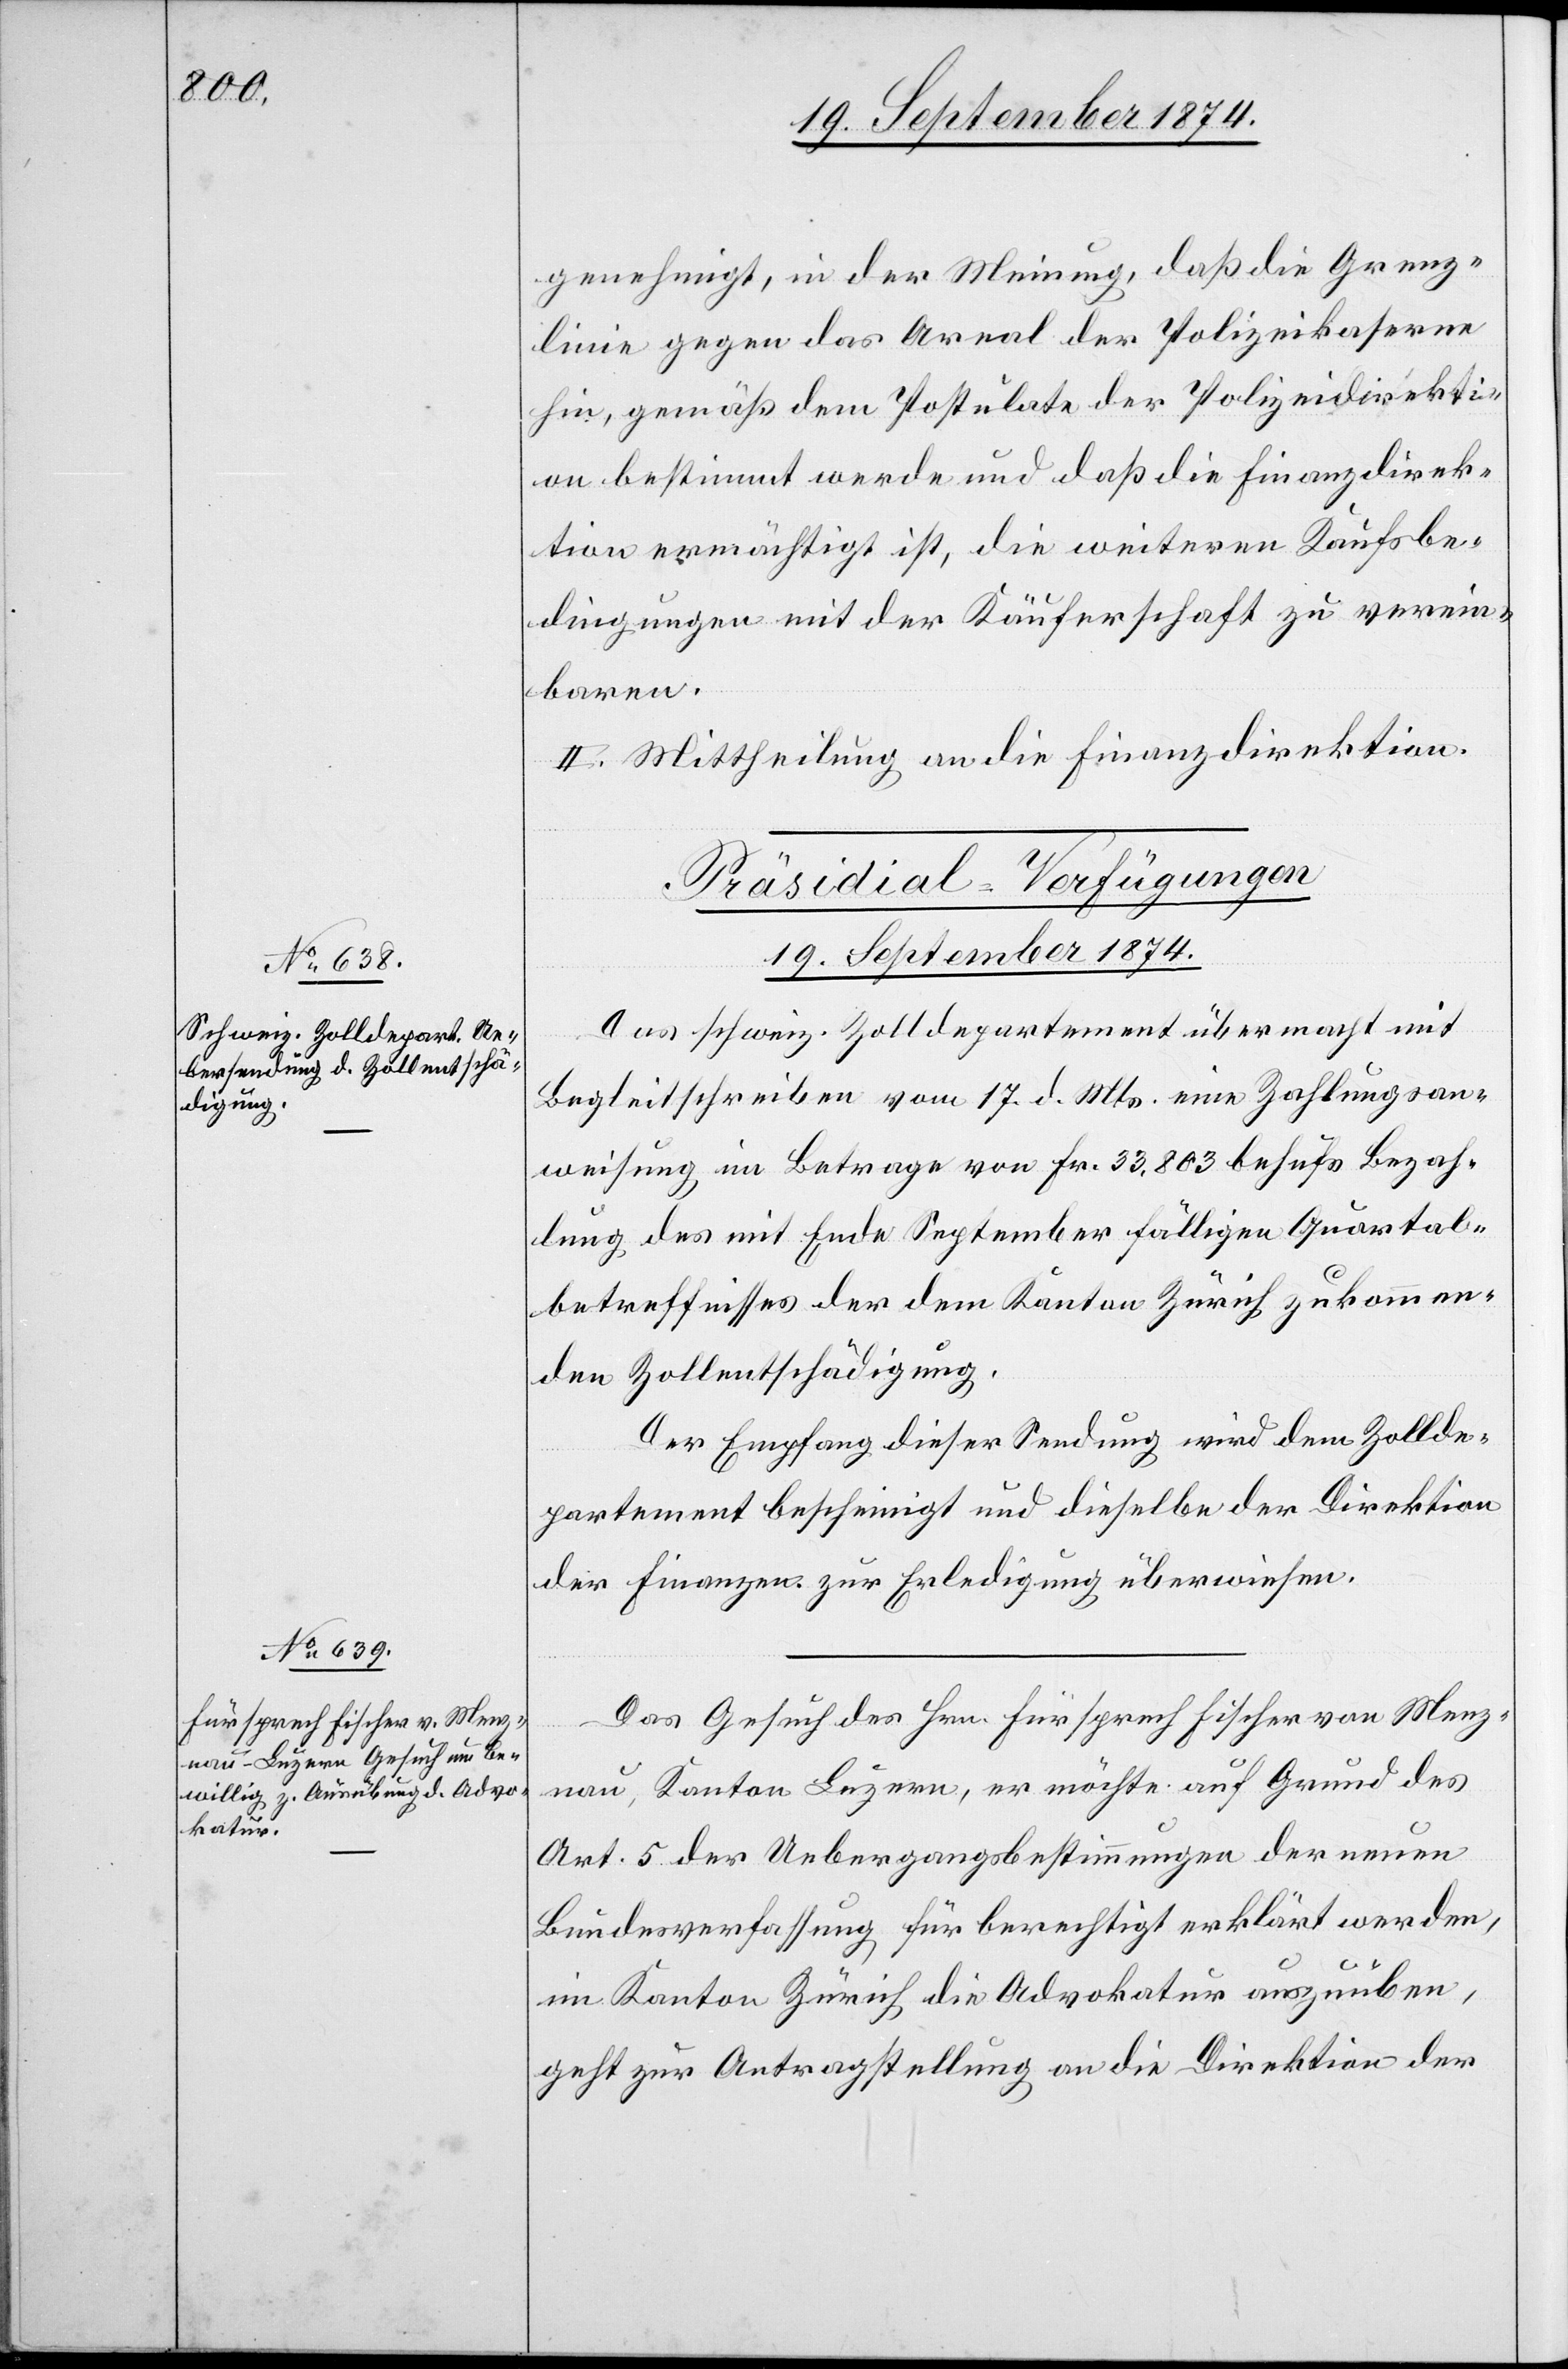
19. September 1874.]
genehmigt, in der Meinung, daß die Grenz¬
linie gegen das Areal der Polizeikaserne
hin, gemäß dem Postulate der Polizeidirekti¬
on bestimmt werde und daß die Finanzdirek¬
tion ermächtigt ist, die weiteren Kaufsbe¬
dingungen mit der Käuferschaft zu verein¬
baren.
II. Mittheilung an die Finanzdirektion.
[Präsidial-Verfügungen
Das schweiz. Zolldepartement übermacht mit
Begleitschreiben vom 17. d. Mts. eine Zahlungsan¬
weisung im Betrage von Fr. 33,803 behufs Bezah¬
lung des mit Ende September fälligen Quartal¬
betreffnisses der dem Kanton Zürich zukommen¬
den Zollentschädigung.
Der Empfang dieser Sendung wird dem Zollde¬
partement bescheinigt und dieselbe der Direktion
der Finanzen zur Erledigung überwiesen.
Das Gesuch des Hrn. Fürsprech Fischer von Menz¬
nau, Kanton Luzern, er möchte auf Grund des
Art. 5 der Uebergangsbestimmungen der neuen
Bundesverfassung für berechtigt erklärt werden,
im Kanton Zürich die Advokatur auszuüben,
geht zur Antragstellung an die Direktion der